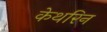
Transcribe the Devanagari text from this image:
केथरिन